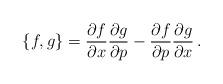
LaTeX: \begin{align*}\{f,g\} = \frac{\partial f}{\partial x}\frac{\partial g}{\partial p}-\frac{\partial f}{\partial p}\frac{\partial g}{\partial x}\,.\end{align*}